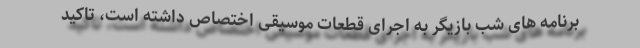
برنامه های شب بازیگر به اجرای قطعات موسیقی اختصاص داشته است، تاکید